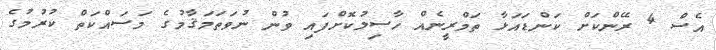
އެސް 4 ރޭންކަށް ކަންޑައަޅާ ތަމްރީނެއް ހާސިލުކޮށްފައި ވުން ނުވަތަމަޤާމުގެ މަސައްކަތް ކުރުމުގެ